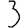
Digit: 3